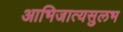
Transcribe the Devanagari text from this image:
आभिजात्यसुलभ